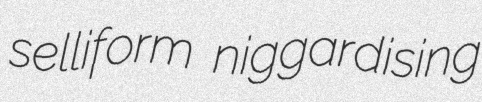
selliform niggardising